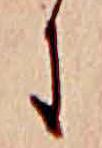
に